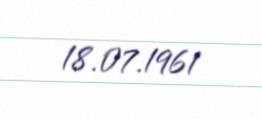
18.07.1961